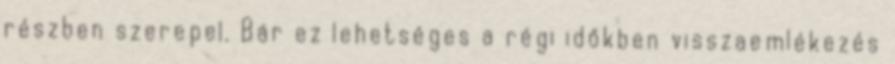
részben szerepel. Bár ez lehetséges a régi időkben visszaemlékezés